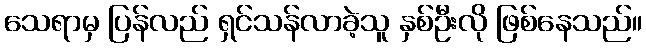
သေရာမှ ပြန်လည် ရှင်သန်လာခဲ့သူ နှစ်ဦးလို ဖြစ်နေသည်။